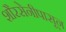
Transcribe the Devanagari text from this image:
शौरसेनीपासून